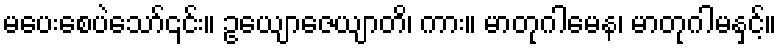
မပေးစေပဲသော်၎င်း။ ဥယျောဇေယျာတိ၊ ကား။ မာတုဂါမေန၊ မာတုဂါမနှင့်။